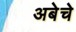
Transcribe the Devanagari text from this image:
अबेचे